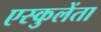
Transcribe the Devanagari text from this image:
एस्कुलेंता